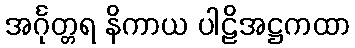
အင်္ဂုတ္တရ နိကာယ ပါဠိအဋ္ဌကထာ